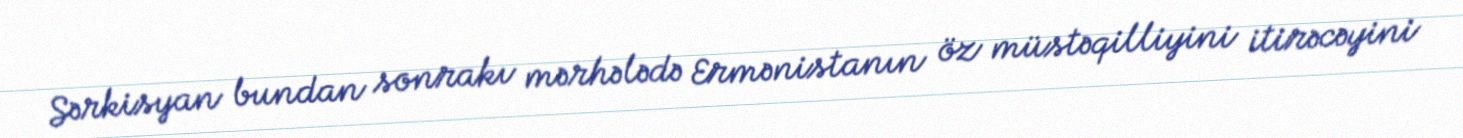
Sərkisyan bundan sonrakı mərhələdə Ermənistanın öz müstəqilliyini itirəcəyini